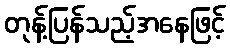
တုန့်ပြန်သည့်အနေဖြင့်